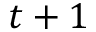
t + 1